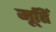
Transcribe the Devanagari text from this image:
मूतिॅ